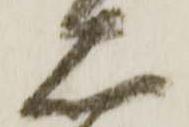
右